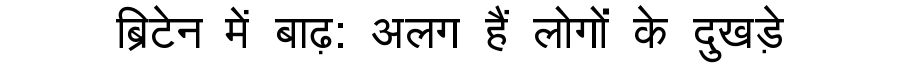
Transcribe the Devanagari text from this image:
ब्रिटेन में बाढ़: अलग हैं लोगों के दुखड़े